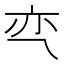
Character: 亪